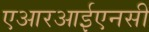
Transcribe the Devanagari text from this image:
एआरआईएनसी